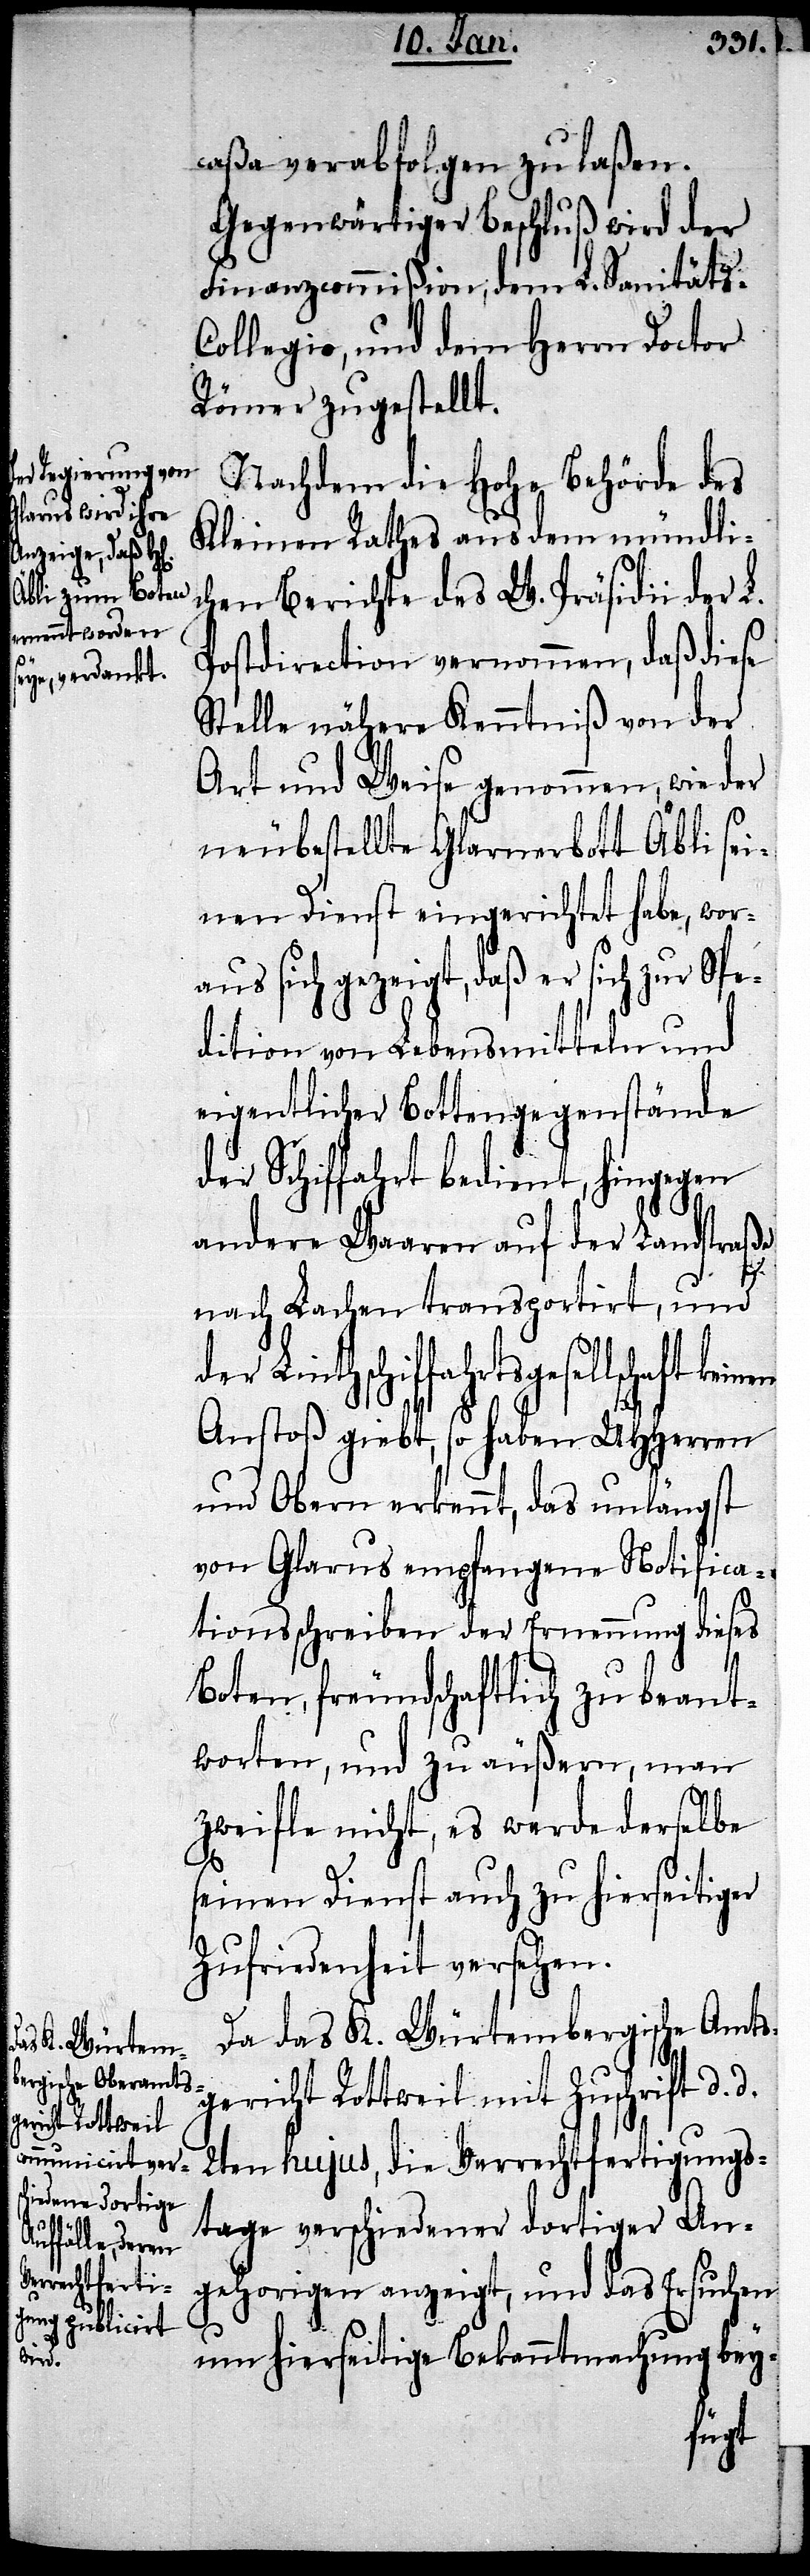
lschaft keinen

caßa verabfolgen zu laßen.
Gegenwärtiger Beschluß wird der
Finanzcommission, dem L. Sanitäts-C¬
ollegio, und dem Herrn Doctor
Römer zugestellt.
Nachdem die Hohe Behörde des
Kleinen Rathes aus dem mündli¬
chen Berichte des W. Präsidii der L.
Postdirection vernommen, daß diese
Stelle nähere Kenntniß von der
Art und Weise genommen, wie der
neubestellte Glarnerbott Äbli sei¬
nen Dienst eingerichtet habe, wor¬
aus sich gezeigt, daß er sich zur Spe¬
dition von Lebensmitteln und
eigentlicher Bottengegenstände
der Schiffahrt bedient, hingegen
andere Waaren auf der Landstraße
d.
nach Lachen transportirt, und
der Linthschiffahrtsgesel¬
Anstoß giebt, so haben UHHerren
und Obern erkennt, das unlängst
von Glarus empfangene Notifica¬
tionsschreiben der Ernennung dieses
Boten, freundschaftlich zu beant¬
worten, und zu äussern, man
zweifle nicht, es werde derselbe
seinen Dienst auch zu hierseitiger
Zufriedenheit versehen.
Da das K. Würtembergische Amts¬
gericht Rottweil mit Zuschrift d.
2ten hujus, die Verrechtfertigungs¬
tage verschiedener dortiger An¬
gehorigen anzeigt, und das Ersuchen
um hierseitige Bekanntmachung bey-